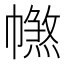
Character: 𢅑